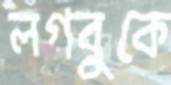
লগবুকে